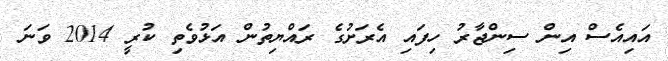
އައިއެސް އިން ސިންޖާރު ހިފައި އެރަށުގެ ރައްޔިތުން އަޅުވެތި ކުރީ 2014 ވަނަ